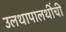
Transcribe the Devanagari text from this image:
उलथापालथींची